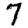
Digit: 7